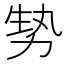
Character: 㔟